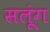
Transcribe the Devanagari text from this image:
सलूंग